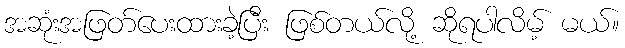
အဆုံးအဖြတ်ပေးထားခဲ့ပြီး ဖြစ်တယ်လို့ ဆိုရပါလိမ့် မယ်။